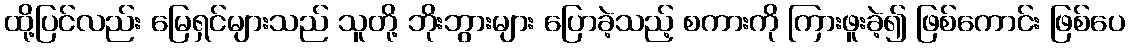
ထို့ပြင်လည်း မြေရှင်များသည် သူတို့ ဘိုးဘွားများ ပြောခဲ့သည့် စကားကို ကြားဖူးခဲ့၍ ဖြစ်ကောင်း ဖြစ်ပေ